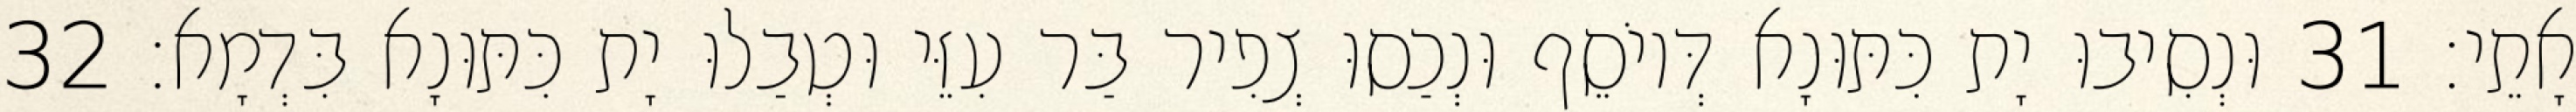
אָתֵי׃ 31 וּנְסִיבוּ יָת כִּתּוּנָא דְּיוֹסֵף וּנְכַסוּ צְפִיר בַּר עִזֵּי וּטְבַלוּ יָת כִּתּוּנָא בִּדְמָא׃ 32